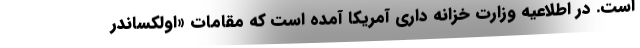
است. در اطلاعیه وزارت خزانه داری آمریکا آمده است که مقامات «اولکساندر